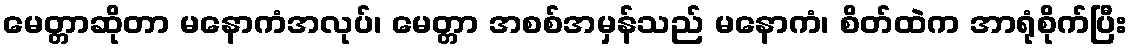
မေတ္တာဆိုတာ မနောကံအလုပ်၊ မေတ္တာ အစစ်အမှန်သည် မနောကံ၊ စိတ်ထဲက အာရုံစိုက်ပြီး